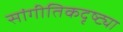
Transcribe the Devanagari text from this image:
सांगीतिकदृष्ट्या